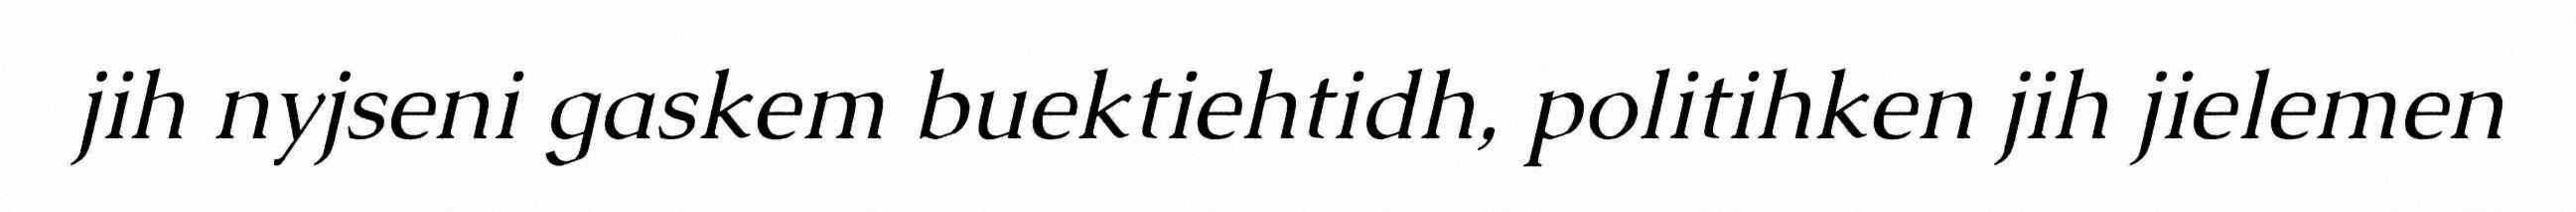
jih nyjseni gaskem buektiehtidh, politihken jih jielemen